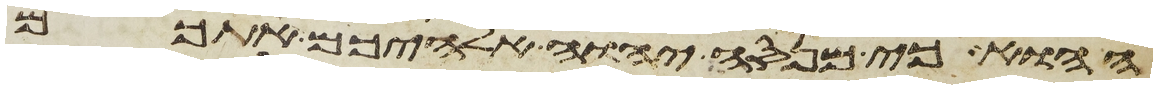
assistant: ההוא כי מנסה יהוה אלהיכם אתכם